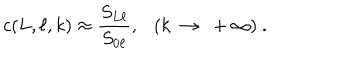
c ( L , \ell , k ) \approx \frac { S _ { L \ell } } { S _ { 0 \ell } } , ( k ~ \rightarrow ~ + \infty ) ~ .